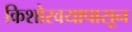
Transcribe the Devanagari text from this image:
किशोरवयापासून